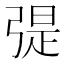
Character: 𢐂